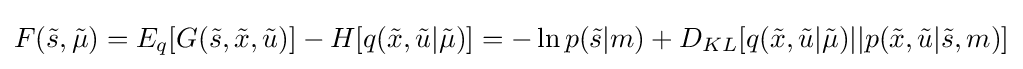
F({\tilde {s}},{\tilde {\mu }})=E_{q}[G({\tilde {s}},{\tilde {x}},{\tilde {u}})]-H[q({\tilde {x}},{\tilde {u}}\vert {\tilde {\mu }})]=-\ln p({\tilde {s}}\vert m)+D_{KL}[q({\tilde {x}},{\tilde {u}}\vert {\tilde {\mu }})\vert \vert p({\tilde {x}},{\tilde {u}}\vert {\tilde {s}},m)]